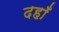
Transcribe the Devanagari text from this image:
दहाँ